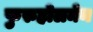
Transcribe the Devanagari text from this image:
फुरुहोलमेन